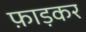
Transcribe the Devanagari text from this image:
फ़ाड़कर